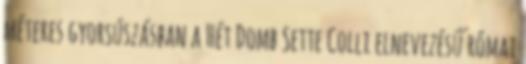
méteres gyorsúszásban a Hét Domb Sette Colli elnevezésű római